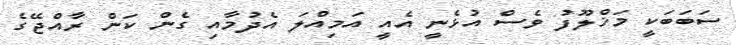
ސަބަބަކީ މަޚްލޫފު ވެސް އުޅެނީ އެއީ އަމިއްލަ އެދުމާއި ގެން ކަން ރާއްޖޭގެ